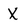
Character: X